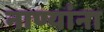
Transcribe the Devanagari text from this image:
नाण्यांना